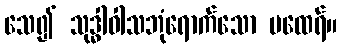
သေ၍ သုဒ္ဓါဝါသဘုံရောက်သော မထေရ်။